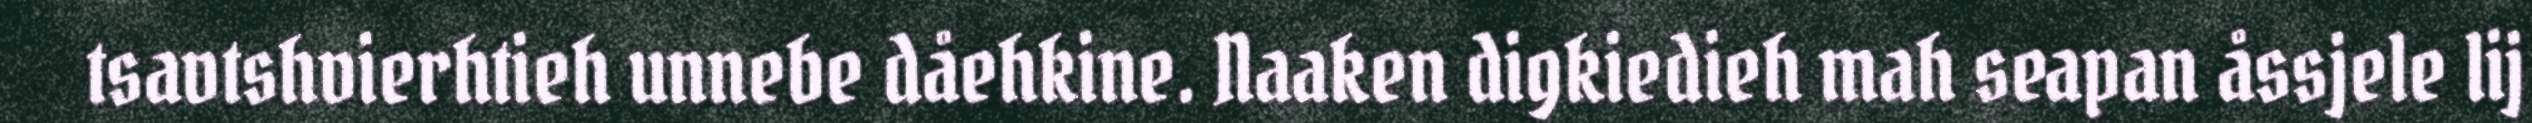
tsavtshvierhtieh unnebe dåehkine. Naaken digkiedieh mah seapan åssjele lij